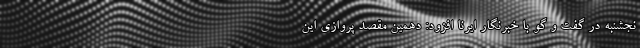
نجشنبه در گفت و گو با خبرنگار ایرنا افزود: دهمین مقصد پروازی این